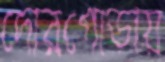
দোরগোড়ায়